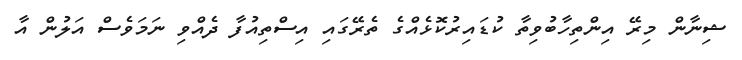
ޝިނާން މިރޭ އިންތިހާބުވިތާ ކުޑައިރުކޮޅެއްގެ ތެރޭގައި އިސްތިއުފާ ދެއްވި ނަމަވެސް އަލުން އާ